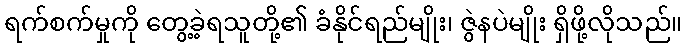
ရက်စက်မှုကို တွေ့ခဲ့ရသူတို့၏ ခံနိုင်ရည်မျိုး၊ ဇွဲနပဲမျိုး ရှိဖို့လိုသည်။